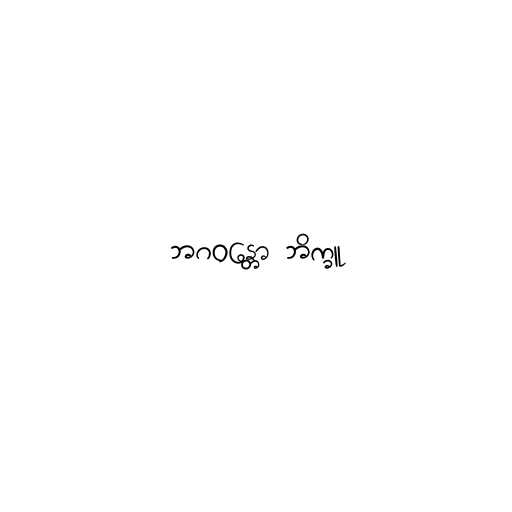
ဘဂဝန္တော ဘိက္ခူ